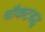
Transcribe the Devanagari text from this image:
चौकटबद्ध